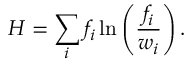
H = \sum _ { i } f _ { i } \ln \left( \frac { f _ { i } } { w _ { i } } \right) .